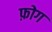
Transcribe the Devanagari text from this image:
फ़ोग